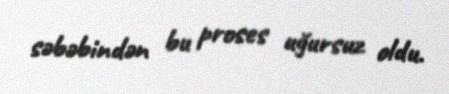
səbəbindən bu proses uğursuz oldu.